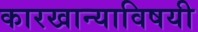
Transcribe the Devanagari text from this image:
कारखान्याविषयी